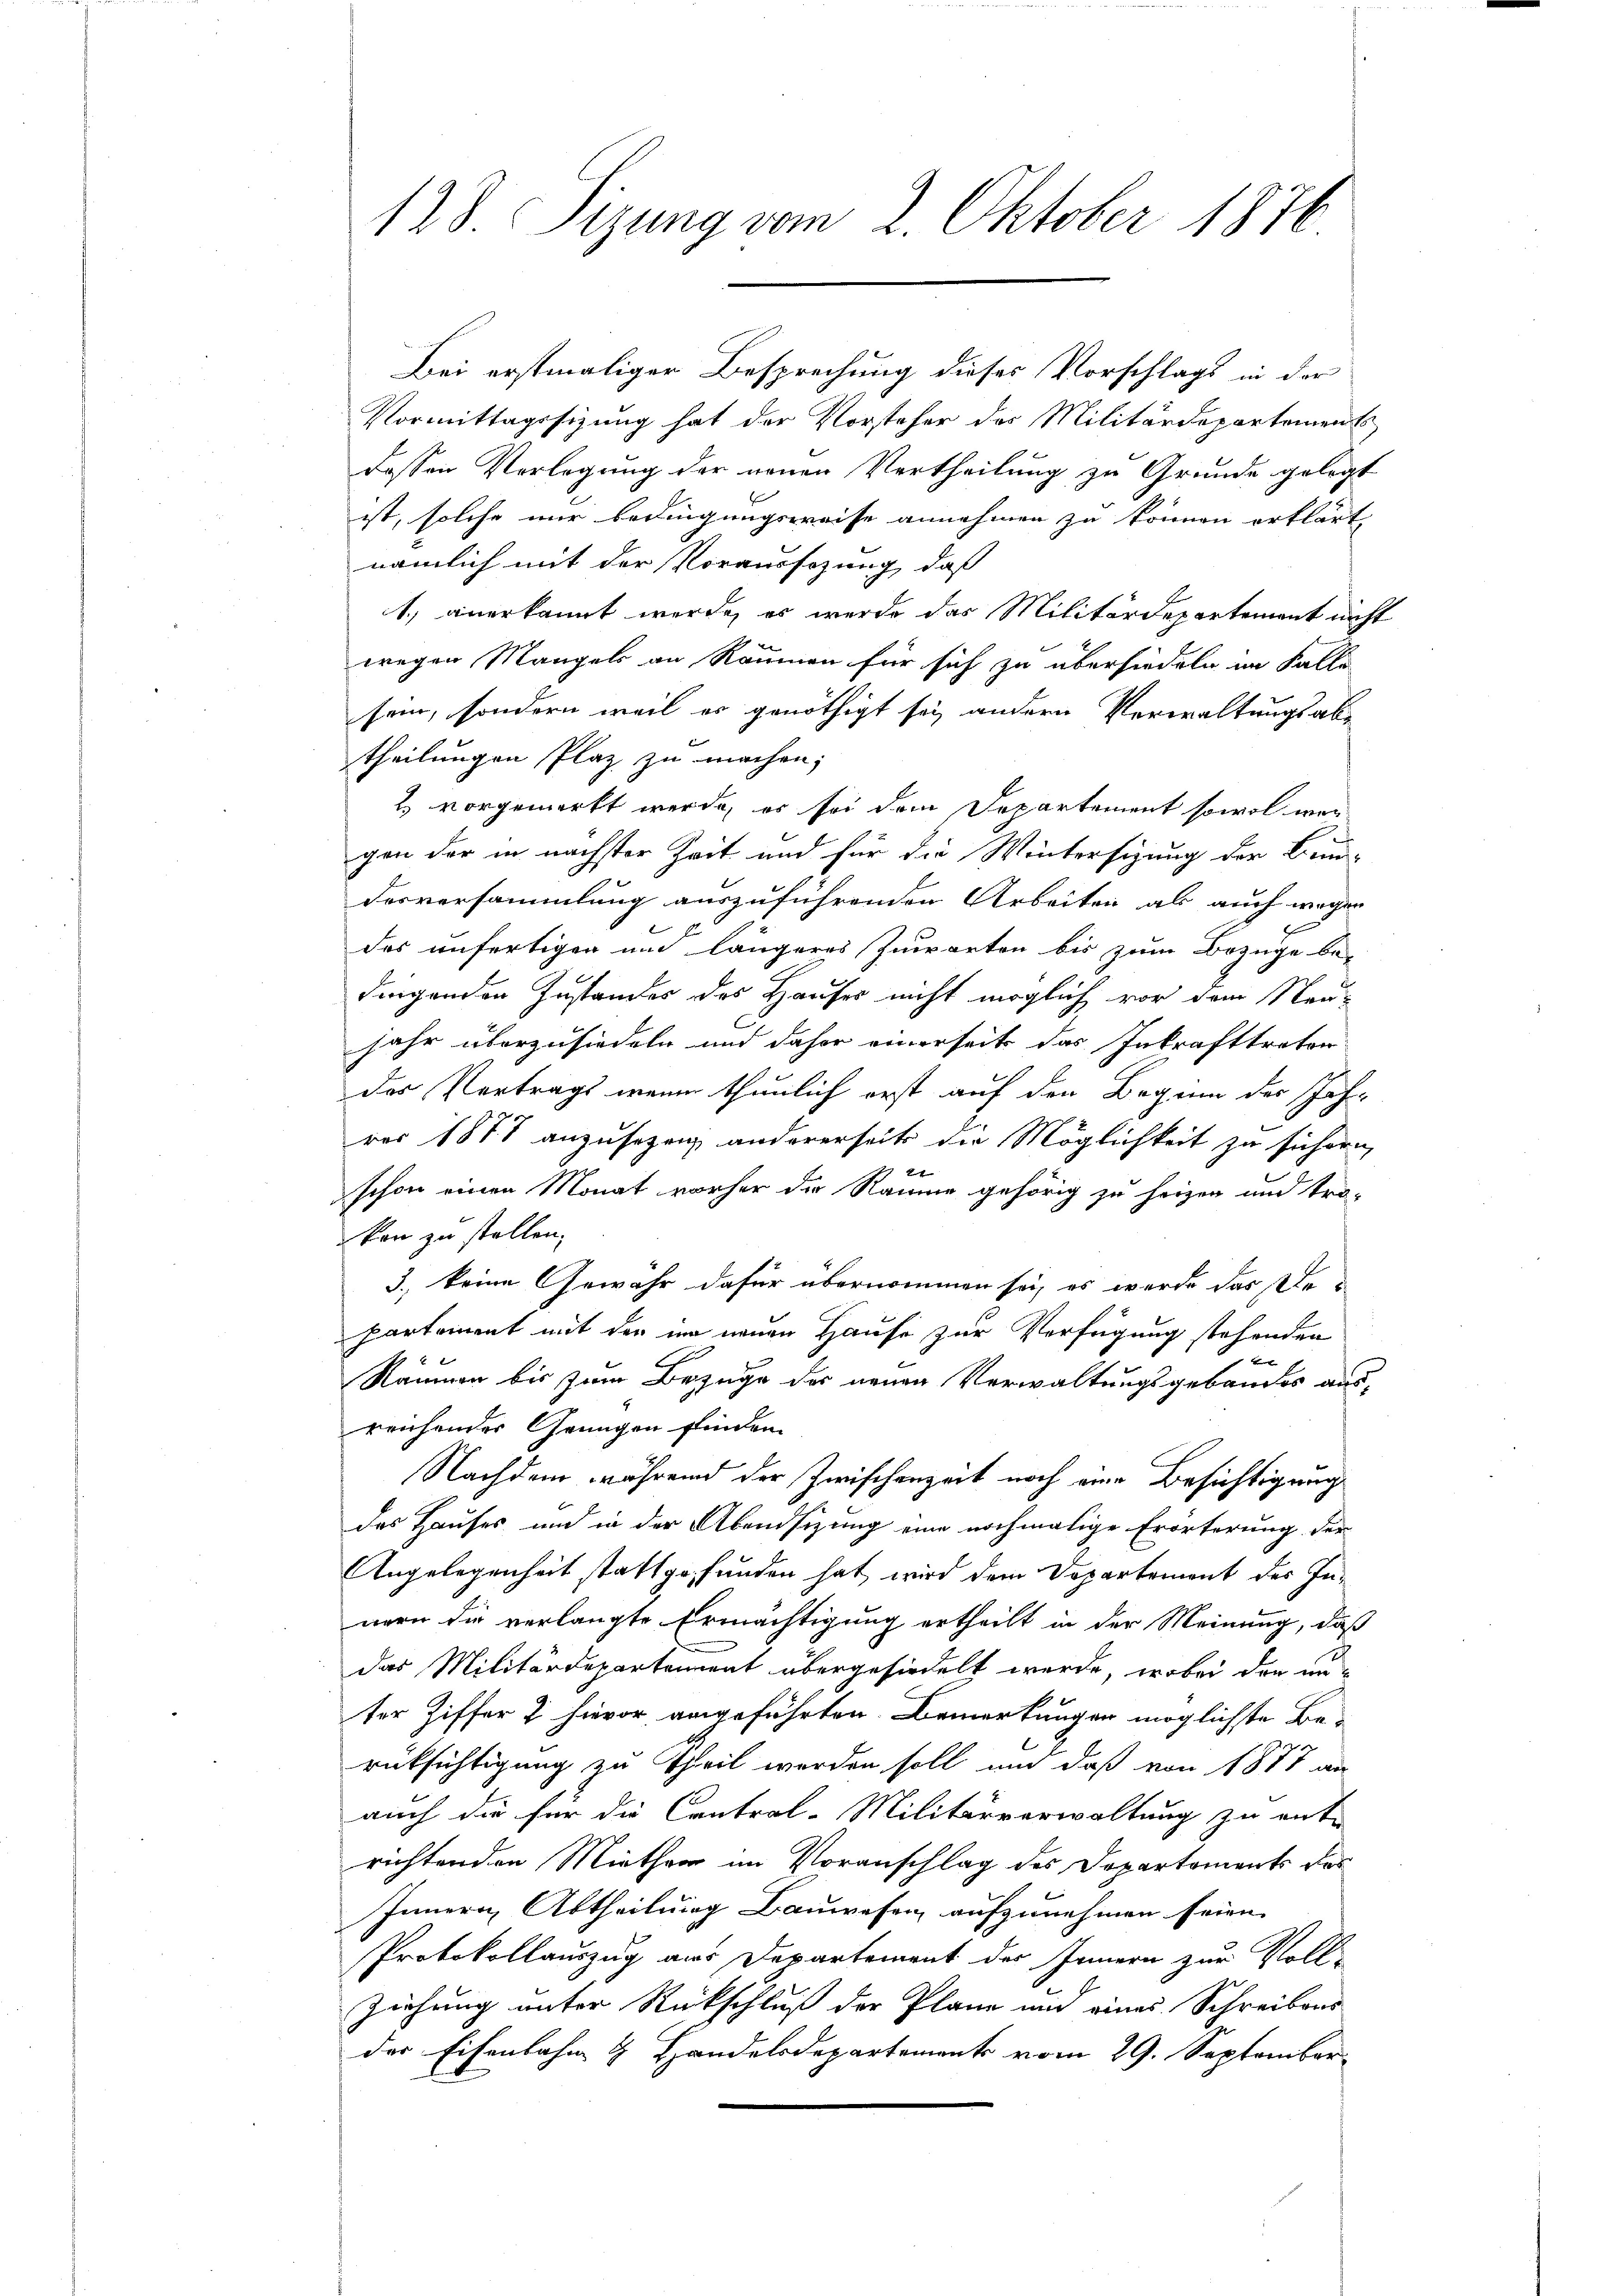
Bei erstmaliger Besprechung dieses Vorschlags in der
Vormittagssizung hat der Vorsteher des Militärdepartement
dessen Verlegung der neuen Vertheilung zu Grunde gelegt
ist, solche mir bedingungsweise annehmen zu können erklärt,
nämlich mit der Voraussezung, daß
1.) anerkannt werde, es wurde das Militärdepartement nicht
wegen Mangels an Räumen für sich zu übersiedeln im Falle
sein, sondern weil er genöthigt sei andern Verwaltungsabtheilungen Plaz zu machen;
2) vorgemerkt werde, es sei dem Departement sowol wor-
gen der in nächster Zeit und für die Wintersizung der Bun-
desversammlung auszuführenden Arbeiten als auch wegen
des unfertigen und längeres Zuwarten bis zum Bezüge be-
dingenden Instandes des Hauses nicht möglich vor dem Neu-
jahr überzusiedeln und daher einerseits das Inkrafttreter
das Vertrags wenn thunlich erst auf den Beginn der Jahr
vor 1878 anzusezeig andererseits die Möglichkeit zu sichern,
 Et
schon einen Monat vorher die Räume gehörig zu heizen und tro-
ken zu stellen.
3., keine Gewähr dafür übernommen sei, es wurde das De-
partement mit der im neuen Hause zur Verfügung stehenden
e
Räumen bis zum Bezuge des neuen Verwaltungsgebäudes ausreichender Grungen finden.
Nachdem während der Zwischenzeit noch eine Besichtigungs
des Hauses und in der Abendsizung eine nochmalige Erörterung der
Angelegenheit stattgefunden hat, wird dem Departement des In-
nern die verlangte Ermächtigung ertheilt in der Meinung, daß
das Militärdepartement übergesiedelt werde, wobei den unter Ziffer & hievor angeführten Bemerkungen möglichste Berücksichtigung zu Theil werden soll und daß von 1877 an
auch die für die Central-Militärverwaltung zu ent-
richtenden Miethen im Voranschlag des Departements des
Innern Abtheilung Bauwesen aufzunehmen seien.
Protokollauszug aus Departement des Innern zur Voll-
Ziehung unter Rückschluß der Plane und eines Schreibens
der Eisenbahn & Handelsdepartements vom 29. September

128. Sizung vom 2. Oktober 1876